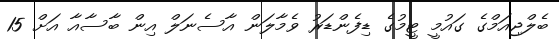
ބެލްޖިއަމްގެ ގައުމީ ޓީމުގެ ޑިފެންޑަރު ވެމާލަން އާސެނަލް އިން ބާސާއާ އަށް 15